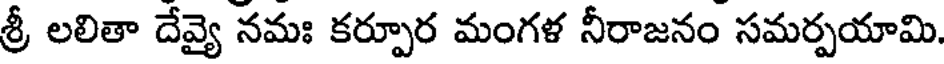
శ్రీ లలితా దేవ్యై నమః కర్పూర మంగళ నీరాజనం సమర్పయామి.